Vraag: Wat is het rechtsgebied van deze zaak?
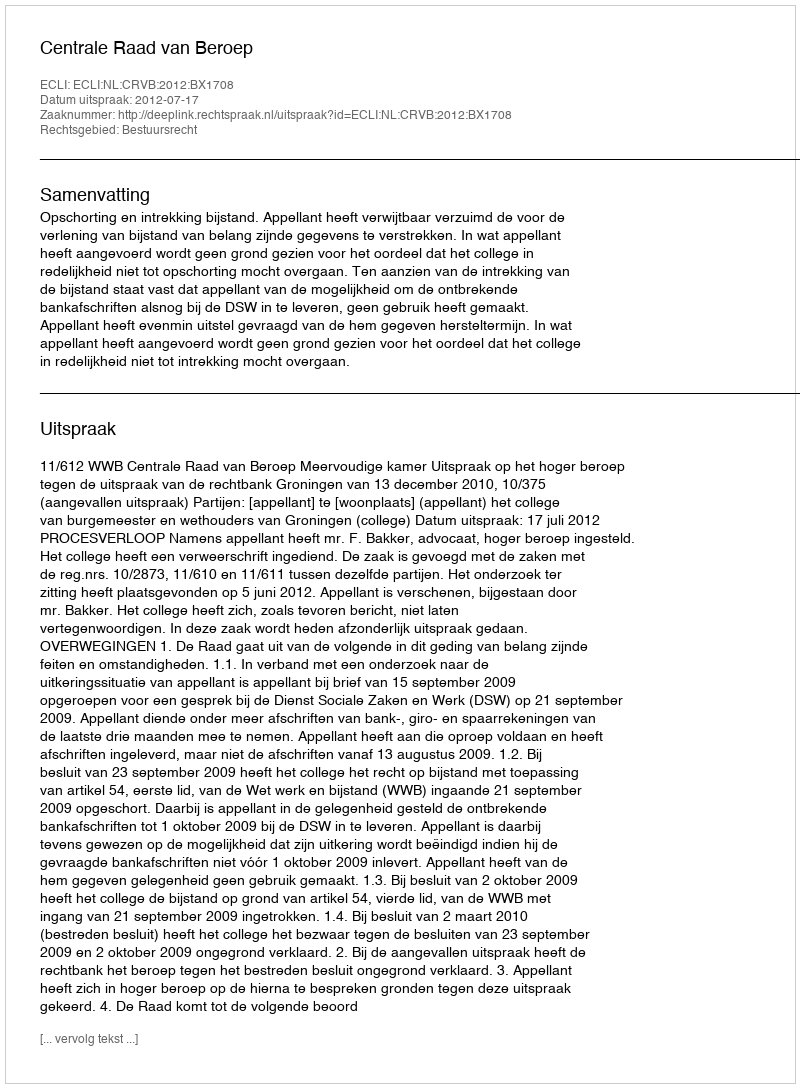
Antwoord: Bestuursrecht